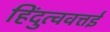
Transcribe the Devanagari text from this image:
हिंदुत्ववत्तई